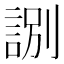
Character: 𧧸